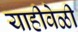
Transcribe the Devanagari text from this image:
याहीवेळी